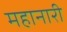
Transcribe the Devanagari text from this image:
महानारी